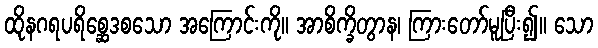
ထိုနဂရပရိစ္ဆေဒစသော အကြောင်းကို။ အာစိက္ခိတွာန၊ ကြားတော်မူပြီး၍။ သော